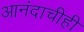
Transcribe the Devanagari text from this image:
आनंदाचीही